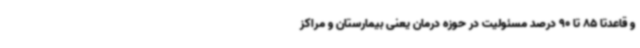
و قاعدتا 85 تا 90 درصد مسئولیت در حوزه درمان یعنی بیمارستان و مراکز